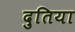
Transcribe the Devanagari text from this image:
दुतिया